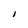
Character: I